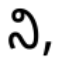
ని,